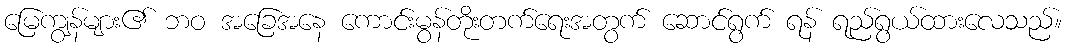
မြေကျွန်များ၏ ဘဝ အခြေအနေ ကောင်းမွန်တိုးတက်ရေးအတွက် ဆောင်ရွက် ရန် ရည်ရွယ်ထားလေသည်။